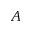
\boldsymbol { A }